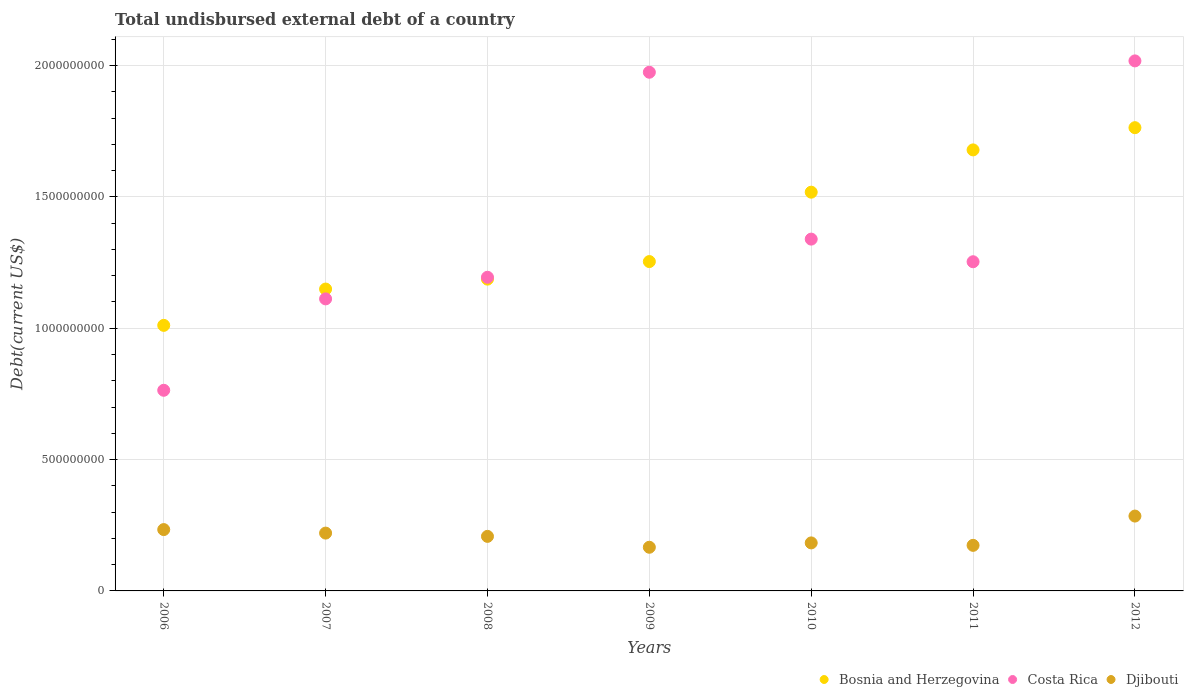
| Years | Bosnia and Herzegovina | Costa Rica | Djibouti |
 | --- | --- | --- | --- |
 | 2006 | 1.01e+09 | 7.64e+08 | 2.34e+08 |
 | 2007 | 1.15e+09 | 1.11e+09 | 2.2e+08 |
 | 2008 | 1.19e+09 | 1.19e+09 | 2.08e+08 |
 | 2009 | 1.25e+09 | 1.97e+09 | 1.66e+08 |
 | 2010 | 1.52e+09 | 1.34e+09 | 1.83e+08 |
 | 2011 | 1.68e+09 | 1.25e+09 | 1.73e+08 |
 | 2012 | 1.76e+09 | 2.02e+09 | 2.85e+08 |